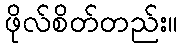
ဖိုလ်စိတ်တည်း။